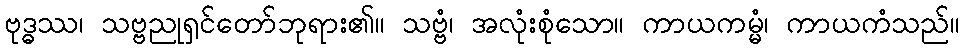
ဗုဒ္ဓဿ၊ သဗ္ဗညုရှင်တော်ဘုရား၏။ သဗ္ဗံ၊ အလုံးစုံသော။ ကာယကမ္မံ၊ ကာယကံသည်။